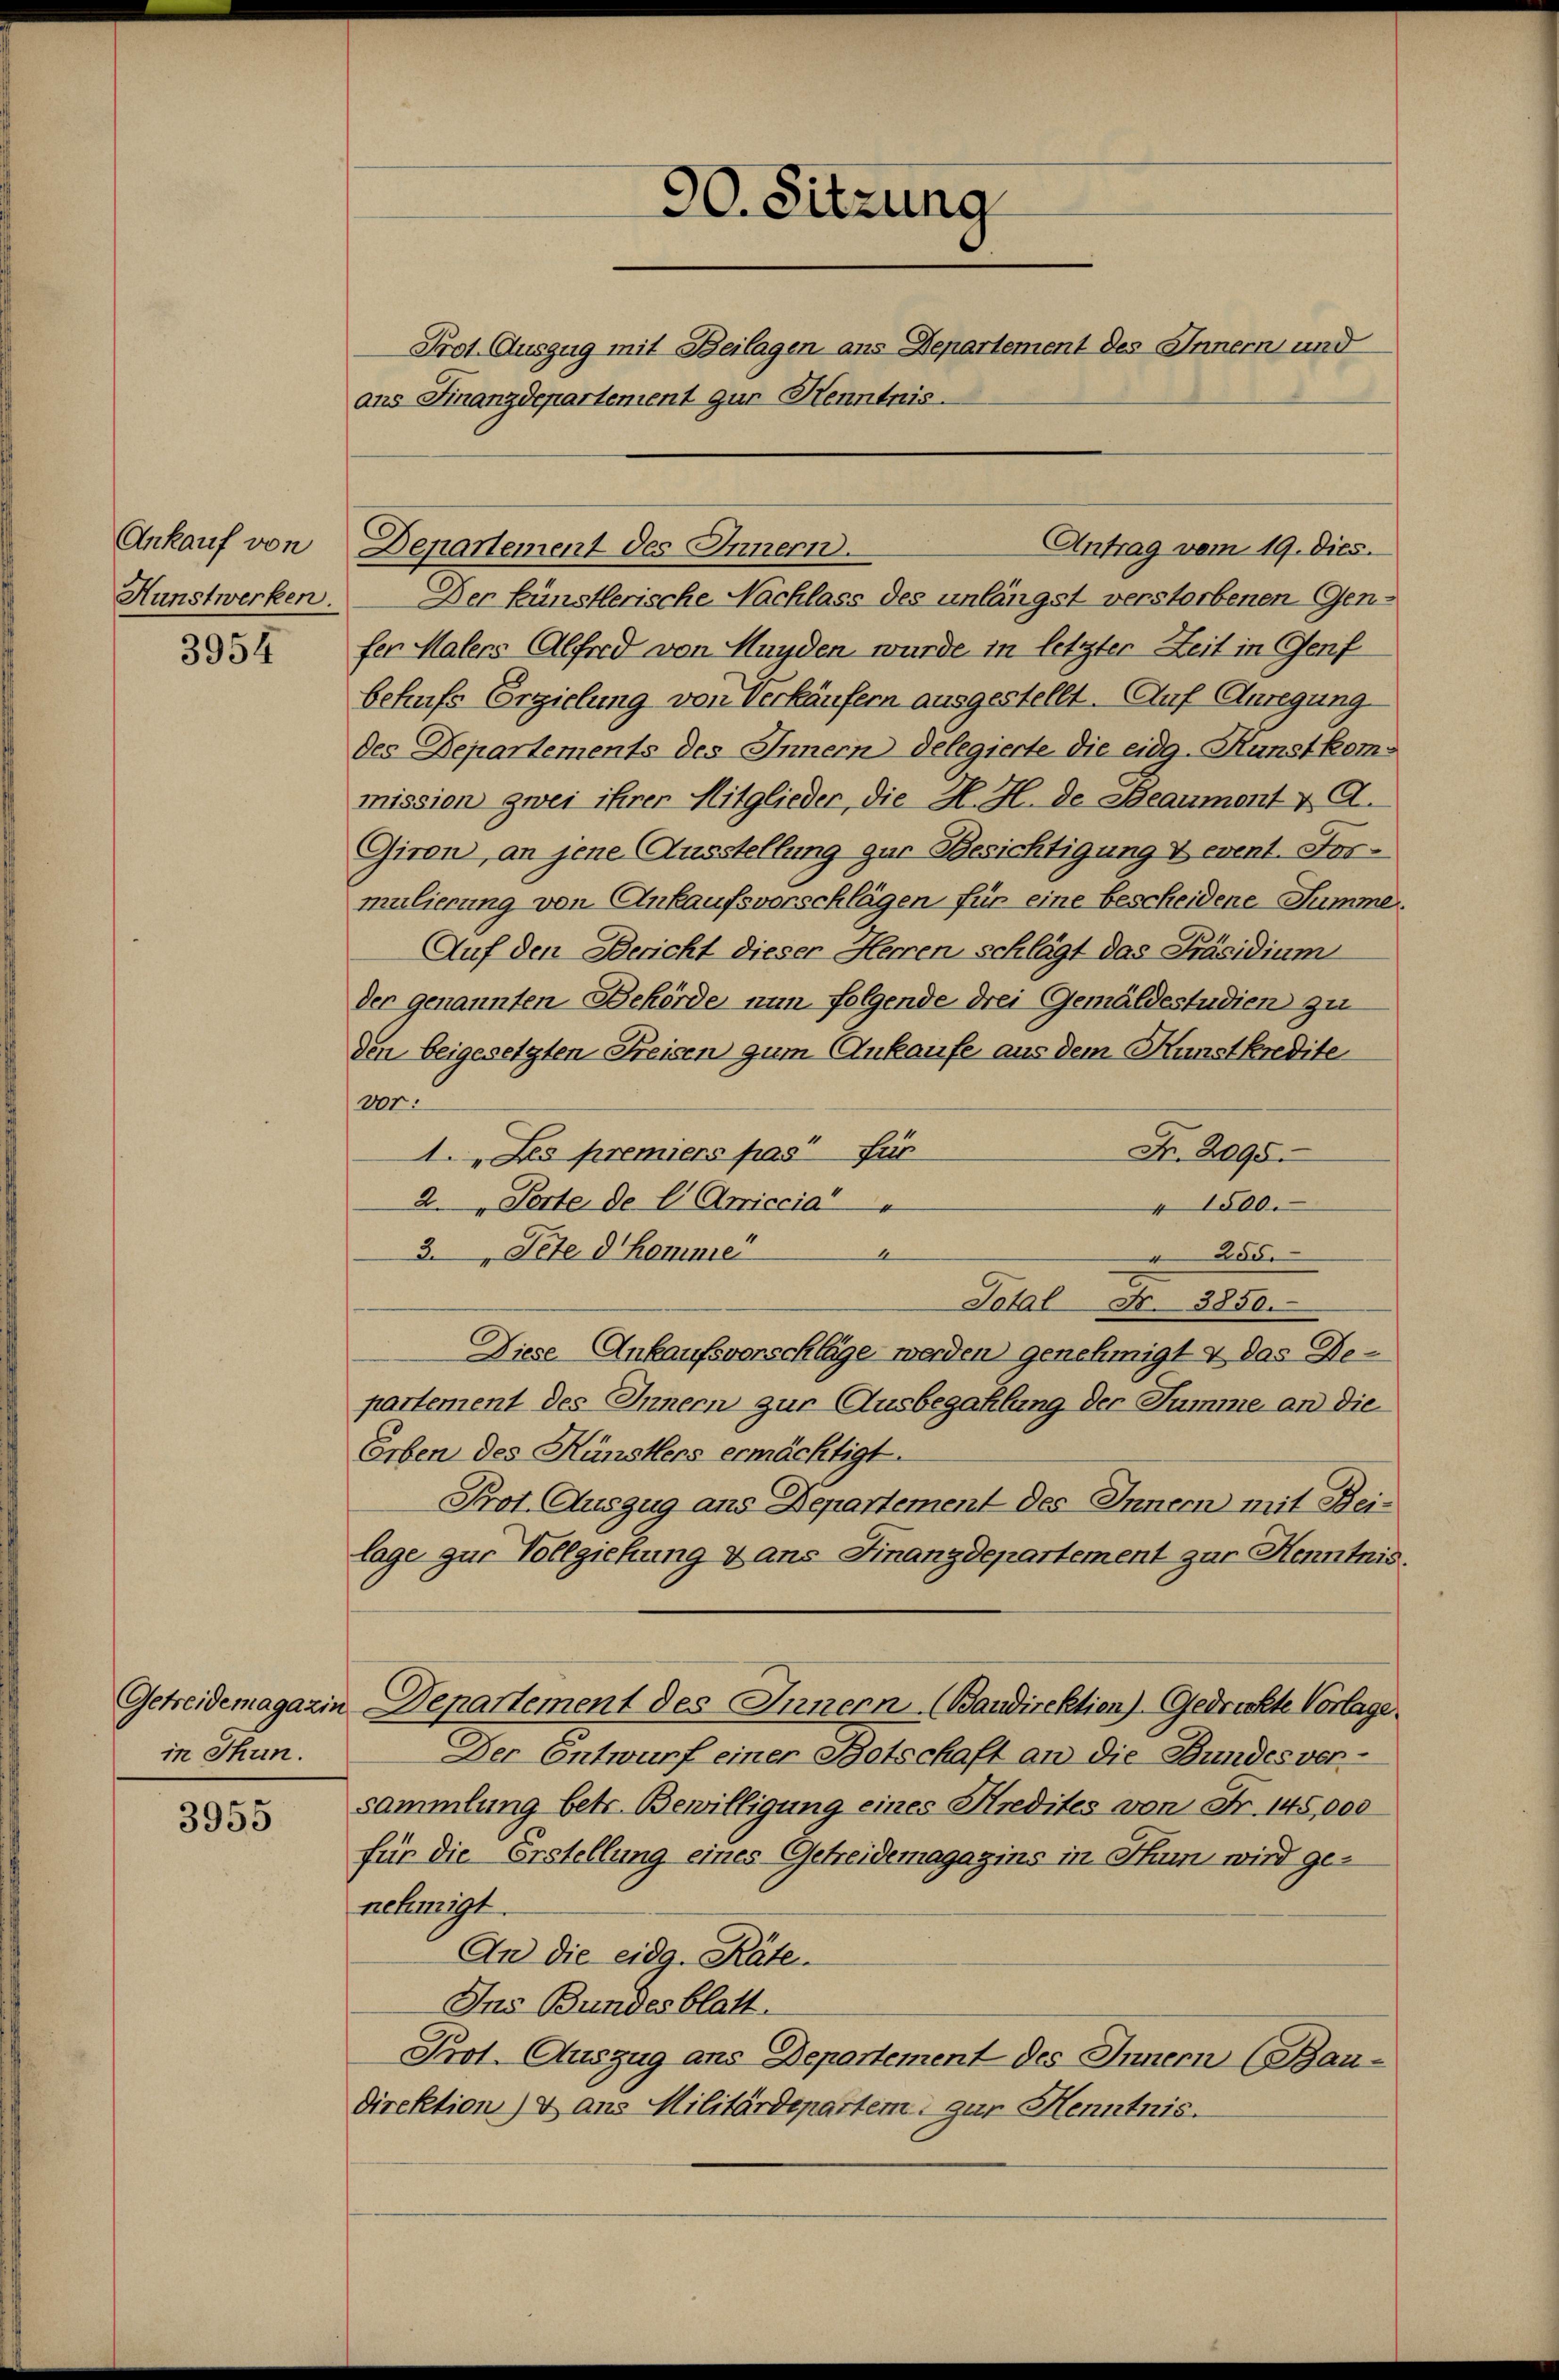
Ankauf von
Hunstwerken.

3954

Getreidemagazin
in Thun.

3955

90. Sitzung
Prof. Auszug mit Beilagen ans Departement des Innern und
ans Finanzdepartement zur Henntnis.

Der künstlerische Nachlass des unlängst verstorbenen Genfer Malers Alford von Mayden wurde in letzter Zeit in Genf
behufs Erzielung von Verkäufern ausgestellt. Auf Anregung
des Departements des Innern delegierte die eidg. Kunstkommission zwei ihrer Mitglieder, die H. H. de Beaumont & A.
Giron, an jene Ausstellung zur Besichtigung & event. Formulierung von Ankaufsvorschlägen für eine bescheidene Summe
Auf den Bericht dieser Herren schlägt das Präsidium
der genannten Behörde nun folgende drei Gemäldestudien zu
den beigesetzten Freisen zum Ankaufe aus dem Kunstkredite
300.
Fr. 2095.
1. Le premiers pas für
2. Porte de l. Articcia“
1500.
3. Pete d. Kammer
“
255.
Total Fr. 3850.
Diese Ankaufsverschläge werden genehmigt & das Departement des Innern zur Ausbegahlung der Summe an die
Erben des Künstens ermächtigt.
Prot. Auszug aus Departement des Innern mit Beilage zur Vollziehung & ans Finanzdepartement zur Kenntnis
 Departement des Innern (Baudirektion) (Gedrückte Vorlage.
Der Entwurf einer Botschaft an die Bundesversammlung betr. Bewilligung eines Kredites von Fr. 145,000
für die Erstellung eines Getreidemagazins in Thun wird genehmigt.
An die eidg. Räte.
Ins Bundesblatt.
Prot. Auszug ans Departement des Innern (Bau-
Direktion) & aus Militärdepartem gar Henntnis.

Antrag vom 19. Dies.
Departement des Innern.